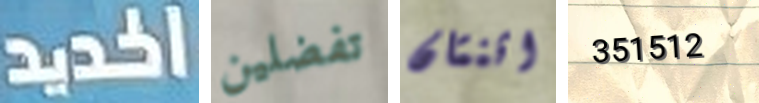
الحديد تفضلين اثنتان 351512